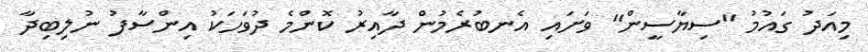
މިއަދު ގައުމު "ސިޔާސީން" ވަށައި އެނބުރެމުން ދާއިރު ކޮންމެ ދުވަހަކު އިންސާފު ނުލިބިދާ